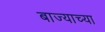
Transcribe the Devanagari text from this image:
बाज्याच्या